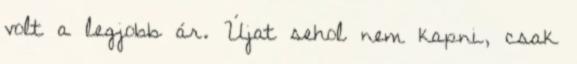
volt a legjobb ár. Újat sehol nem kapni, csak